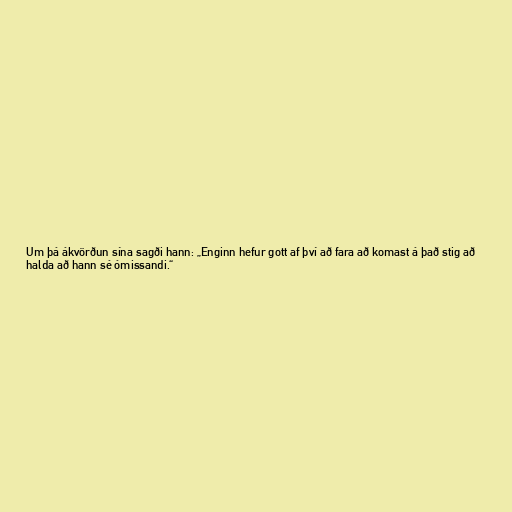
Um þá ákvörðun sína sagði hann: „Enginn hefur gott af því að fara að komast á það stig að
halda að hann sé ómissandi.“